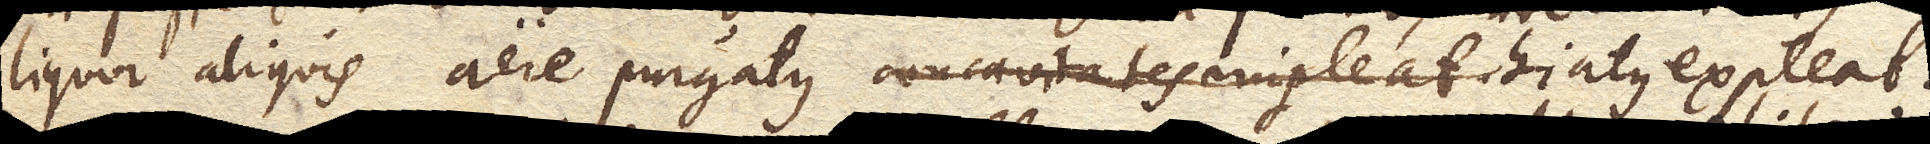
liquor aliquis aere purgatus concavitates impleat hiatus expleat.